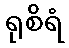
ရုစိရံ